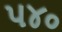
૫૪૦